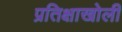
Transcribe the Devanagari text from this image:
प्रतिक्षाखोली